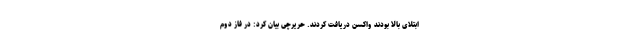
ابتلای بالا بودند واکسن دریافت کردند. حریرچی بیان کرد: در فاز دوم